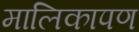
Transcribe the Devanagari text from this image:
मालिकापण